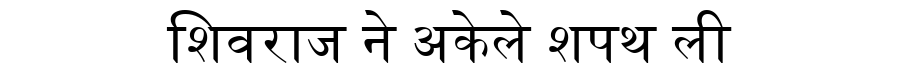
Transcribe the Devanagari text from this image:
शिवराज ने अकेले शपथ ली